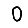
Digit: 0